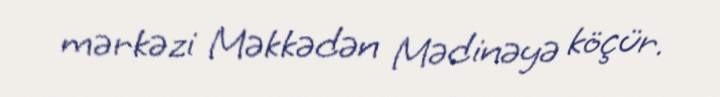
mərkəzi Məkkədən Mədinəyə köçür.